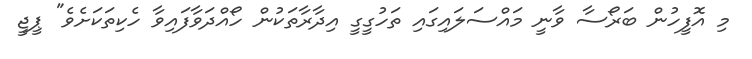
މި އޮފީހުން ބަރޯސާ ވާނީ މައްސަލައިގައި ތަހުގީގީ އިދާރާތަކުން ހޯއްދަވާފައިވާ ހެކިތަކަށެވެ" ޕީޖީ